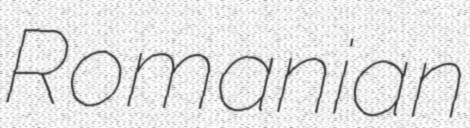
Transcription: Romanian